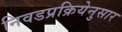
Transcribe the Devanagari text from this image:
निवडप्रक्रियेनुसार